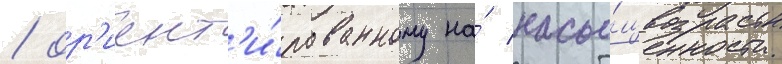
/ ор'иент'и́рованному на́ насы́щенность